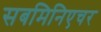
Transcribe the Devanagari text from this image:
सबमिनिएचर